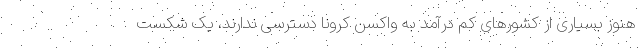
هنوز بسیاری از کشورهای کم درآمد به واکسن کرونا دسترسی ندارند، یک شکست